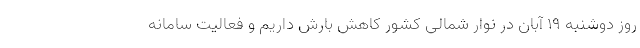
روز دوشنبه ۱۹ آبان در نوار شمالی کشور کاهش بارش داریم و فعالیت سامانه